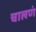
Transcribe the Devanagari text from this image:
चालणं